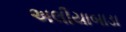
અલીયાબાડા